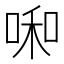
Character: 啝